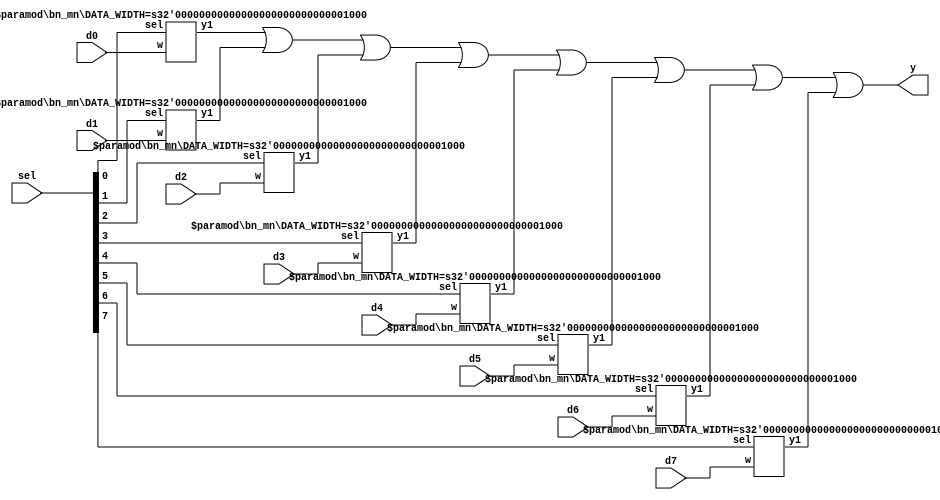
module bn_select_8_1_comb
#(parameter DATA_WIDTH=8)
(
    input       [DATA_WIDTH-1:0] d0, 
    input       [DATA_WIDTH-1:0] d1,
    input       [DATA_WIDTH-1:0] d2,
    input       [DATA_WIDTH-1:0] d3,
    input       [DATA_WIDTH-1:0] d4, 
    input       [DATA_WIDTH-1:0] d5,
    input       [DATA_WIDTH-1:0] d6,
    input       [DATA_WIDTH-1:0] d7,
    input       [7:0] sel,
    output   [DATA_WIDTH-1:0] y
);
	 wire [DATA_WIDTH-1:0] w0;
	 wire [DATA_WIDTH-1:0] w1;
	 wire [DATA_WIDTH-1:0] w2;
	 wire [DATA_WIDTH-1:0] w3;
	 wire [DATA_WIDTH-1:0] w4;
	 wire [DATA_WIDTH-1:0] w5;
	 wire [DATA_WIDTH-1:0] w6;
	 wire [DATA_WIDTH-1:0] w7;
	 bn_mn #(DATA_WIDTH) bn_mn0(.w(d0), .sel(sel[0]), .y1(w0));
	 bn_mn #(DATA_WIDTH) bn_mn1(.w(d1), .sel(sel[1]), .y1(w1));
	 bn_mn #(DATA_WIDTH) bn_mn2(.w(d2), .sel(sel[2]), .y1(w2));
	 bn_mn #(DATA_WIDTH) bn_mn3(.w(d3), .sel(sel[3]), .y1(w3));
	 bn_mn #(DATA_WIDTH) bn_mn4(.w(d4), .sel(sel[4]), .y1(w4));
	 bn_mn #(DATA_WIDTH) bn_mn5(.w(d5), .sel(sel[5]), .y1(w5));
	 bn_mn #(DATA_WIDTH) bn_mn6(.w(d6), .sel(sel[6]), .y1(w6));
	 bn_mn #(DATA_WIDTH) bn_mn7(.w(d7), .sel(sel[7]), .y1(w7));
	 assign y = w0 | w1 | w2| w3 | w4 | w5 | w6 | w7;
endmodule

module bn_mn
#(parameter DATA_WIDTH=8)
(
    input        [DATA_WIDTH-1:0] w, 
    input        sel,
    output   [DATA_WIDTH-1:0] y1
);
    wire [DATA_WIDTH - 1:0] select;
    assign select = {DATA_WIDTH {sel}};
    assign y1 = (select & w);
endmodule